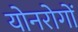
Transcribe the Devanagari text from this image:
योनरोगों